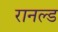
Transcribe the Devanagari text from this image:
रानल्ड